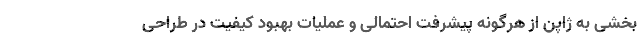
بخشی به ژاپن از هرگونه پیشرفت احتمالی و عملیات بهبود کیفیت در طراحی